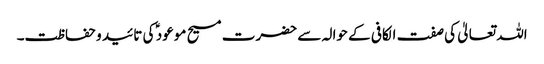
اللہ تعالیٰ کی صفت الکافی کے حوالہ سے حضرت مسیح موعود ؑ کی تائید و حفاظت۔